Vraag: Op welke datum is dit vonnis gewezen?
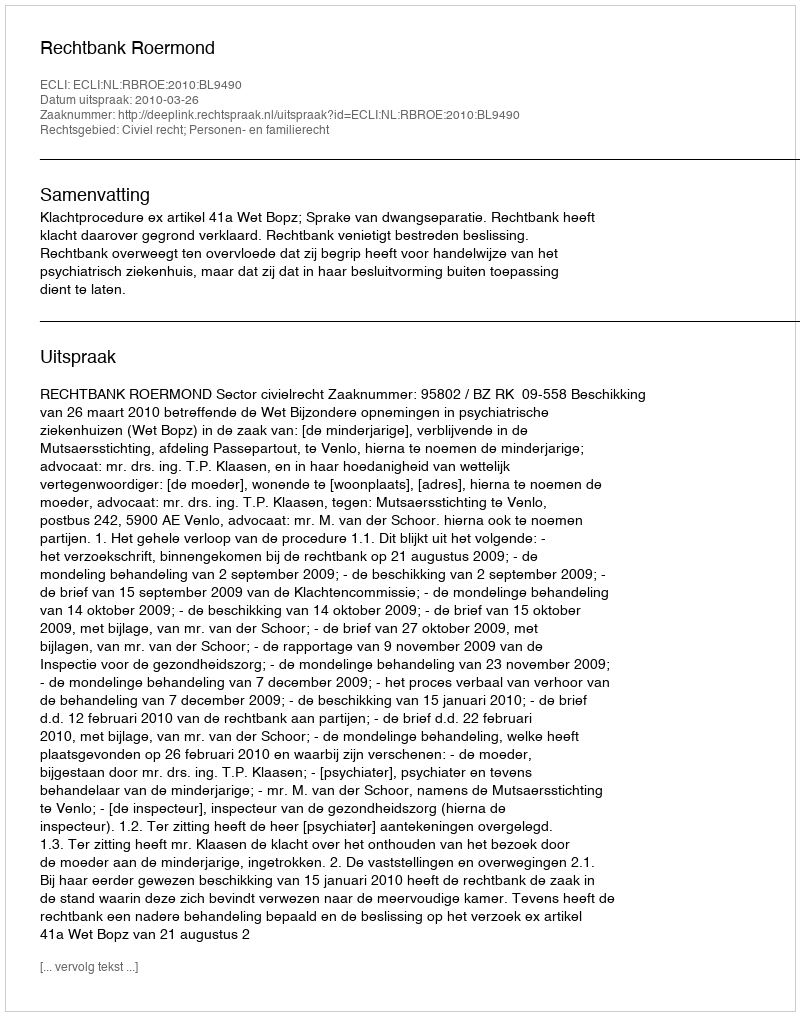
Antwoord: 2010-03-26